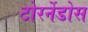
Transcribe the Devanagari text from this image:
टोरर्नेडोस